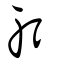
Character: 躬